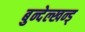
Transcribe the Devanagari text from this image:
बुन्देल्खन्ड्